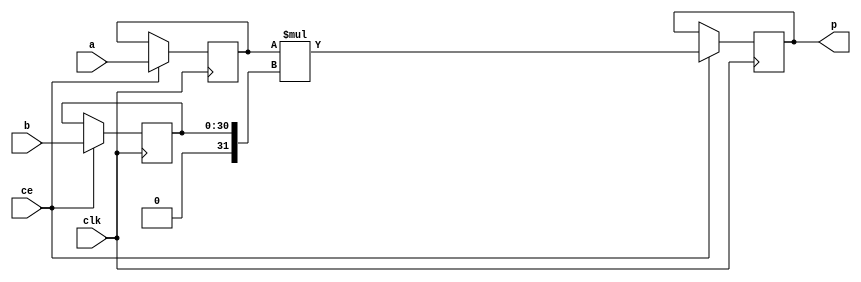
module hls_xfft2real_mul_32s_31ns_62_3_1_Multiplier_2(clk, ce, a, b, p);
input clk;
input ce;
input[32 - 1 : 0] a; 
input[31 - 1 : 0] b; 
output[62 - 1 : 0] p;

reg signed [32 - 1 : 0] a_reg0;
reg [31 - 1 : 0] b_reg0;
wire signed [62 - 1 : 0] tmp_product;
reg signed [62 - 1 : 0] buff0;

assign p = buff0;
assign tmp_product = a_reg0 * $signed({1'b0, b_reg0});
always @ (posedge clk) begin
    if (ce) begin
        a_reg0 <= a;
        b_reg0 <= b;
        buff0 <= tmp_product;
    end
end
endmodule